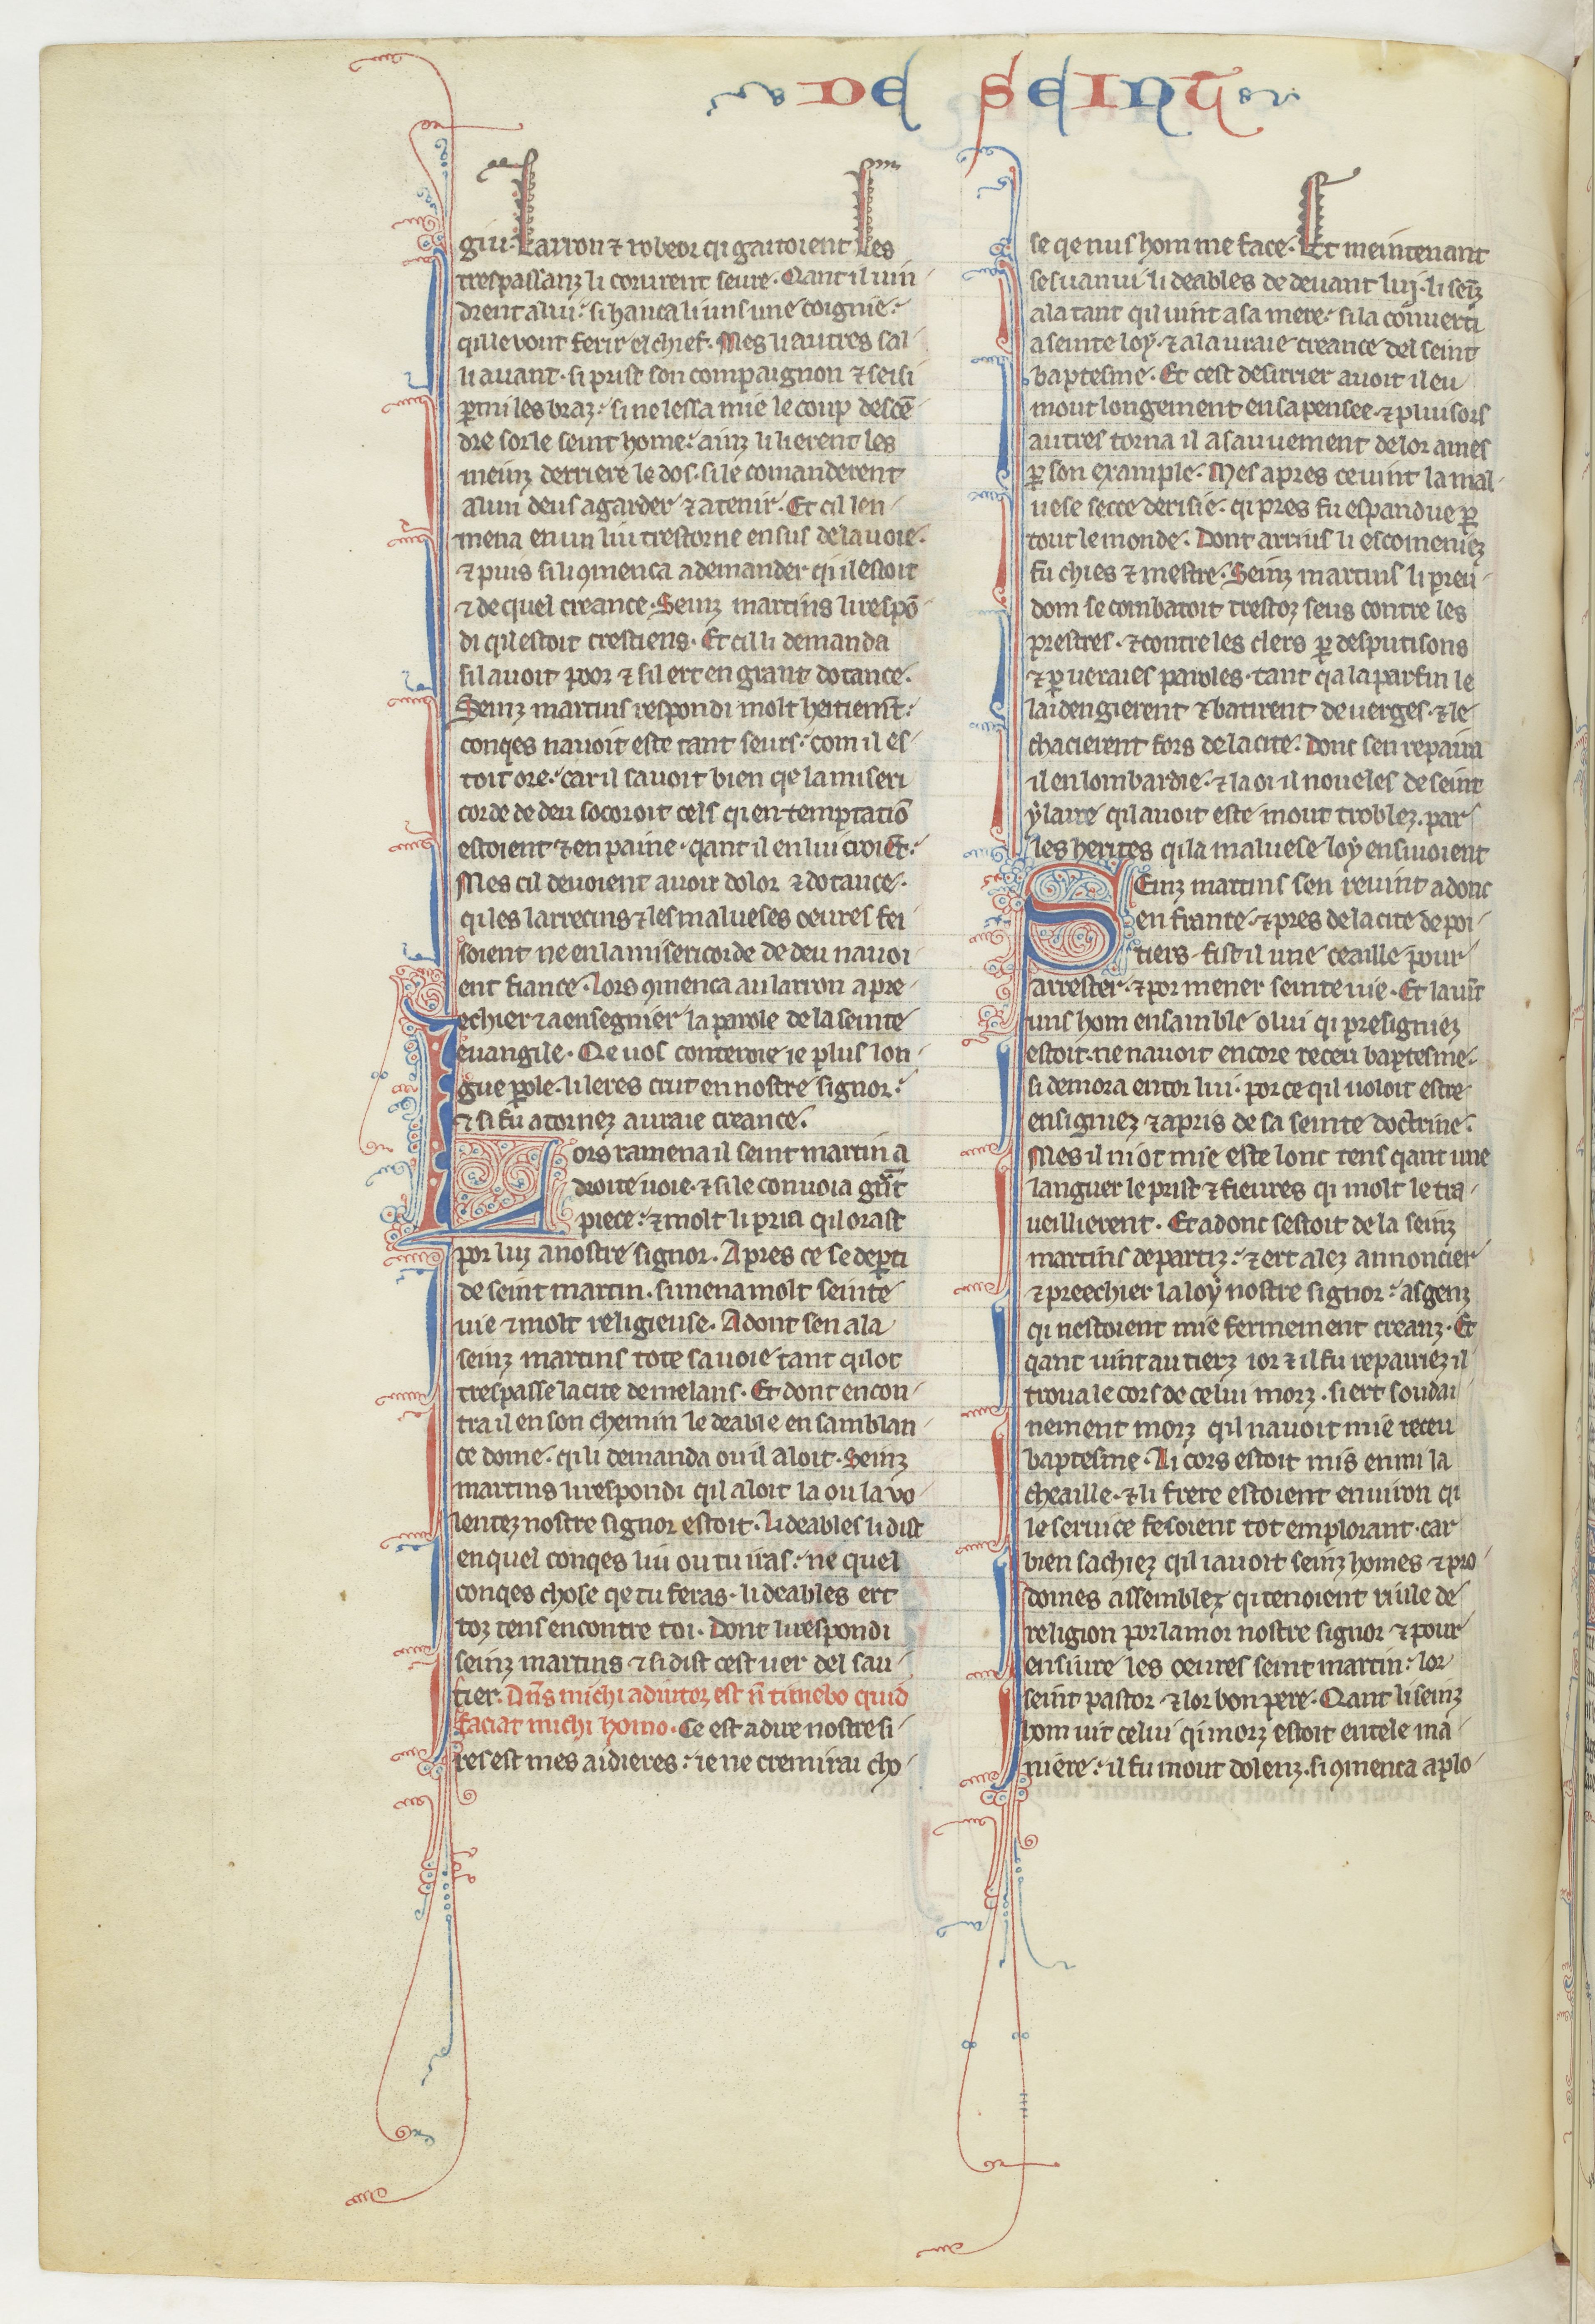
Shelfmark: Paris, BnF, fr. 412
Century: 13